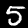
Label: 5